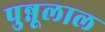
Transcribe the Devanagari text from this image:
पुन्नूलाल